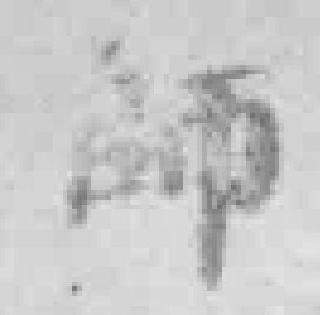
師